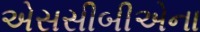
એસસીબીએના